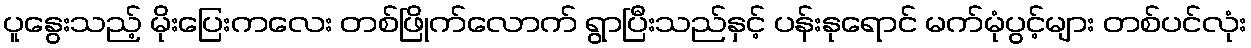
ပူနွေးသည့် မိုးပြေးကလေး တစ်ဖြိုက်လောက် ရွာပြီးသည်နှင့် ပန်းနုရောင် မက်မုံပွင့်များ တစ်ပင်လုံး